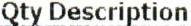
QTY DESCRIPTION